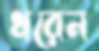
ধরেন